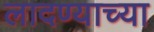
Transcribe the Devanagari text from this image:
लादण्याच्या